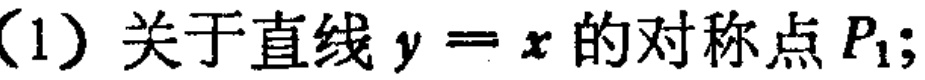
(1) 关于直线 \(y = x\) 的对称点 \(P_{1}\);